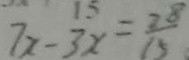
7 x - 3 x = \frac { 2 5 } { 1 5 }